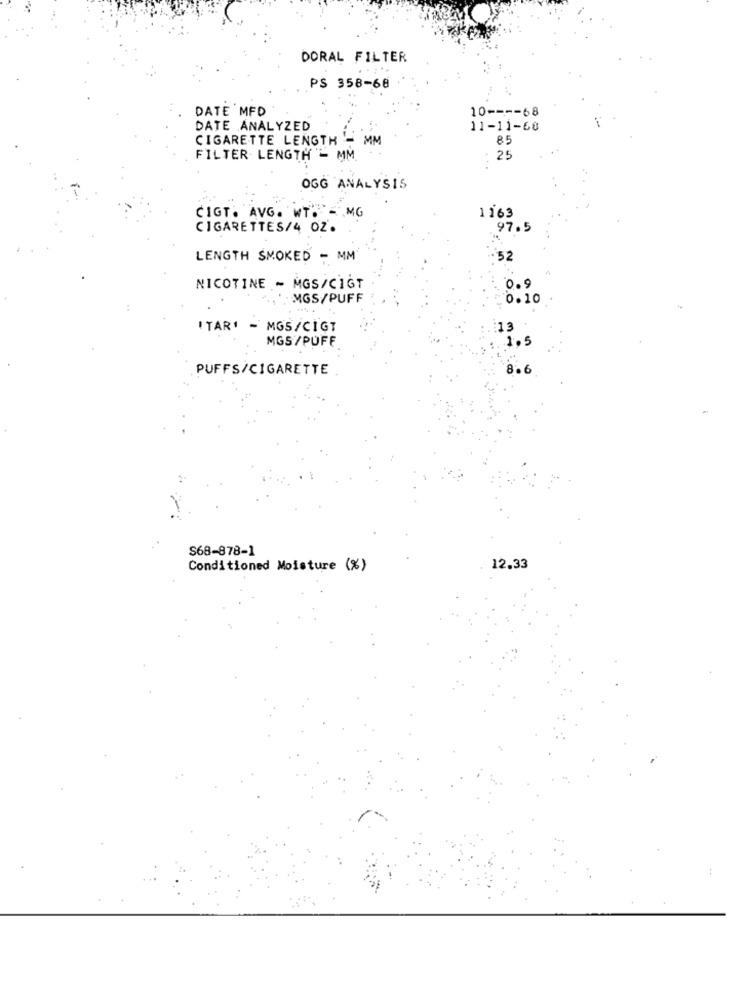
DORAL FILTER
PS 358-68
DATE MFD
10 ---- 68
DATE ANALYZED
11-11-60
CIGARETTE LENGTH
MM
85
FILTER- LENGTH - MM
25
OGG ANALYSIS
MG
1163
CIGT. AVG. WT.
CIGARETTES/4 OZ.
97.5
LENGTH SMOKED - MM
52
NICOTINE - MGS/CIGT
0
. MGS/PUFF
0.10
ITAR' - MGS/CIGT
13
MGS /PUFF
1.5
PUFFS/CIGARETTE
8 .6
S68-878-1
Conditioned Moisture (%)
12.33